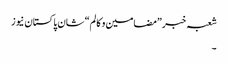
شعبہ خبر ”مضامین و کالم“ شان پاکستان نیوز
۔